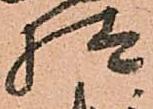
様